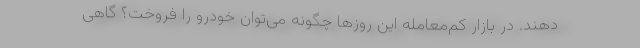
دهند. در بازار کم‌معامله این روزها چگونه می‌توان خودرو را فروخت؟ گاهی